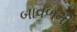
બાવળની